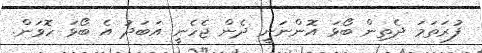
ފުރަތަމަ ދެތިން ބޯޅަ އޮންނަނީ ދެން ޖެހެނީ އަބަދު އެ ބޯޅަ ހޮވަން.